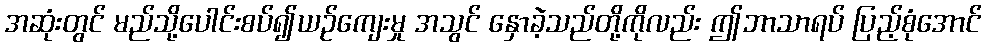
အဆုံးတွင် မည်သို့ပေါင်းစပ်၍ယဉ်ကျေးမှု အသွင် နှောခဲ့သည်တို့ကိုလည်း ဤဘာသာရပ် ပြည့်စုံအောင်